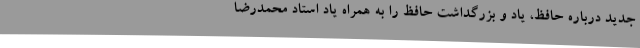
جدید درباره‌ حافظ، یاد و بزرگداشت حافظ را به همراه یاد استاد محمدرضا